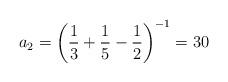
LaTeX: \begin{align*}a_2 = \left( \frac{1}{3} + \frac{1}{5} - \frac{1}{2} \right)^{-1} = 30 \end{align*}